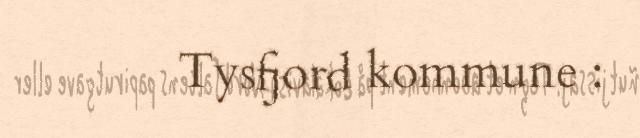
​ ​ ​ ​ ​​​ ​​ ​ ​ Tysfjord kommune :